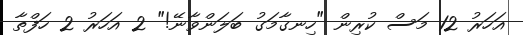
އަހަރު 12 މަސް ކުރިން "ހިނގާމަގު ބަލަންވާނޭ!" 2 އަހަރު 2 ހަފްތާ